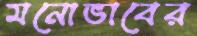
মনোভাবের